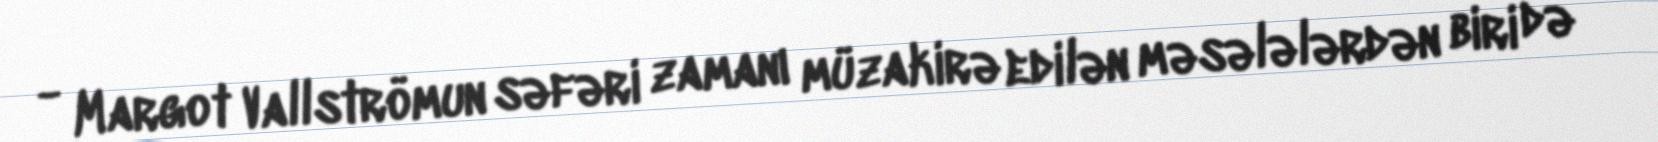
- Margot Vallströmun səfəri zamanı müzakirə edilən məsələlərdən biri də